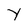
Character: y